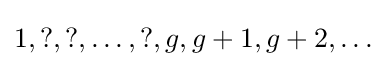
1,?,?,\dots ,?,g,g+1,g+2,\dots